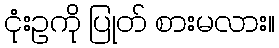
ငုံးဥကို ပြုတ် စားမလား။